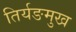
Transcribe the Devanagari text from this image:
तिर्यङमुख